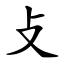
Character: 攴